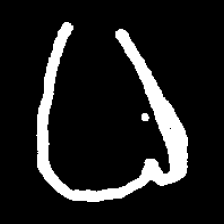
Pyu character \u2014 Myanmar letter: ဓ (romanized: dha)